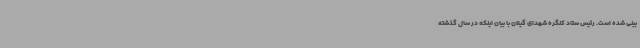
بینی شده است. رئیس ستاد کنگره شهدای گیلان با بیان اینکه در سال گذشته